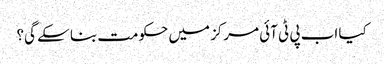
کیا اب پی ٹی آئی مرکز میں حکومت بنا سکے گی؟